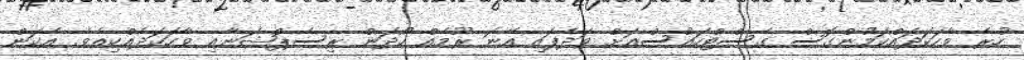
ހުރެ ވާހަކަދައްކަމުންގޮސް ގެސްޓްހައުސްއަށް ވަދެފައި އޭނަ ރޫމެއް ހޯދަން ރިސެޕްޝަނާއި ވާހަކަދެއްކިއެވެ. އެކަން